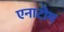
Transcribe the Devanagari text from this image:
एनाटोम